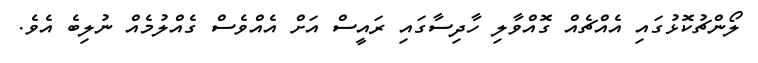
ލޯންޗުކޮޅުގައި އެއްޗެއް ގޮއްވާލި ހާދިސާގައި ރައީސް އަށް އެއްވެސް ގެއްލުމެއް ނުލިބެ އެވެ.